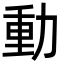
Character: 動